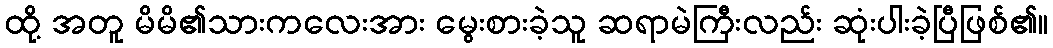
ထို့ အတူ မိမိ၏သားကလေးအား မွေးစားခဲ့သူ ဆရာမဲကြီးလည်း ဆုံးပါးခဲ့ပြီဖြစ်၏။